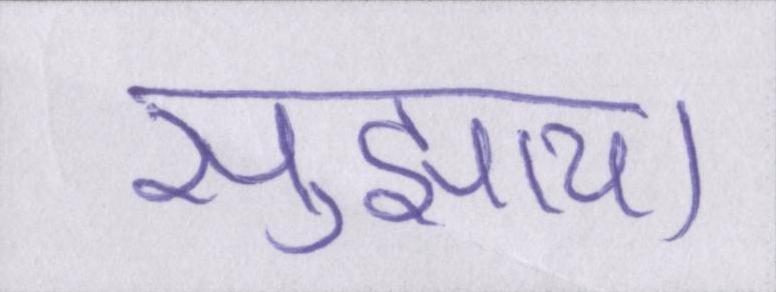
सुझाया